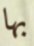
بها